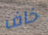
خاف